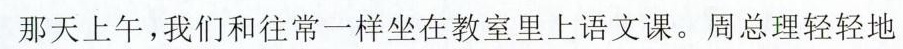
那天上午，我们和往常一样坐在教室里上语文课。周总理轻轻地